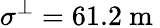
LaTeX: \sigma^{\perp}=61.2\mathrm{~m~}